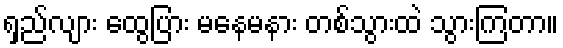
ရှည်လျား ထွေပြား မနေမနား တစ်သွားထဲ သွားကြတာ။